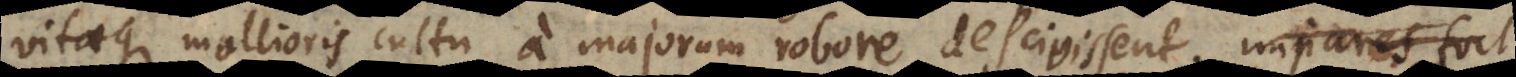
vitaeque mollioris cultu a majorum robore descivissent; impares fort